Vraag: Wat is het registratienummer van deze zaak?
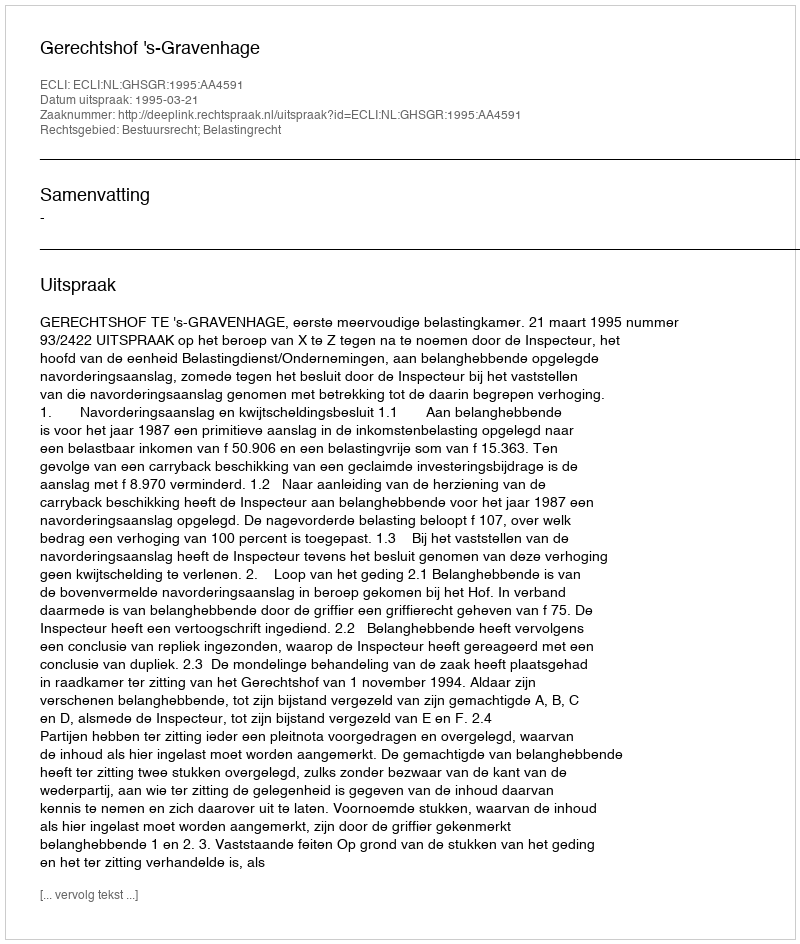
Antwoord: http://deeplink.rechtspraak.nl/uitspraak?id=ECLI:NL:GHSGR:1995:AA4591